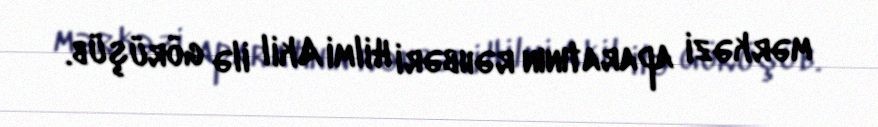
mərkəzi aparatının rəhbəri Hilmi Akil ilə görüşüb.